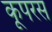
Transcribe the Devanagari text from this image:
कूपरस